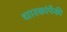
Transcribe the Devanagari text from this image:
धारकांपैकी